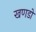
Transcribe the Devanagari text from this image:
खणडो